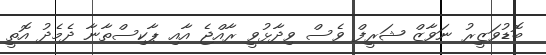
ބޮޑުވަޒީރު ނަވާޒް ޝަރީފް ވެސް ވިދާޅުވީ ރާއްޖެ އާއި ޕާކިސްތާނާ ދެމެދު އޮތީ